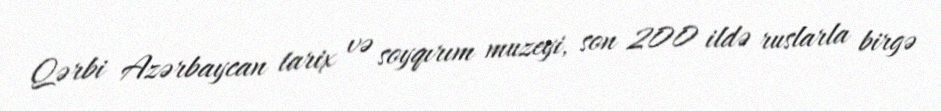
Qərbi Azərbaycan tarix və soyqırım muzeyi, son 200 ildə ruslarla birgə